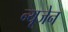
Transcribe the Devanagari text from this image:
न्यूजेन